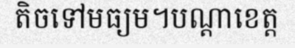
តិចទៅមធ្យម។បណ្តាខេត្ត